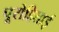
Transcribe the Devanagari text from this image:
पूरोहिताई